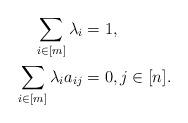
LaTeX: \begin{align*}\sum_{i\in[m]}\lambda_i&=1 , \\\sum_{i\in[m]}\lambda_ia_{ij}&=0, j\in[n] . \end{align*}